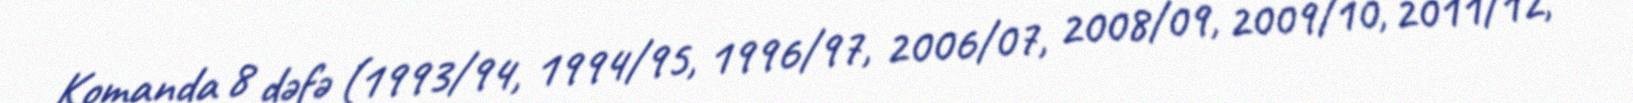
Komanda 8 dəfə (1993/94, 1994/95, 1996/97, 2006/07, 2008/09, 2009/10, 2011/12,